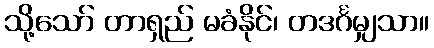
သို့သော် တာရှည် မခံနိုင်၊ တဒင်္ဂမျှသာ။